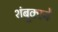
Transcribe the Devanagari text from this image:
शंबूकाने